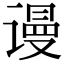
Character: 谩